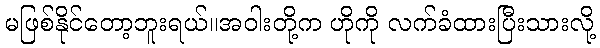
မဖြစ်နိုင်တော့ဘူးရယ်။အဝါးတို့က ဟိုကို လက်ခံထားပြီးသားလို့